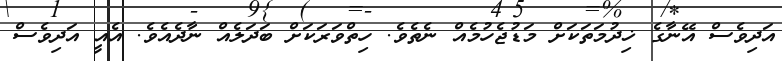
އަދިވެސް އޭނާގެ ޚިދުމަތަކަށް މަޑުޖެހުމެއް ނެތެވެ. ހިތްވަރަކަށް ބަދަލެއް ނާދެއެވެ. އެއީ އަދިވެސް